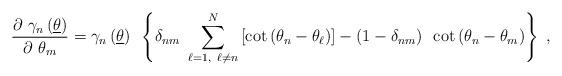
LaTeX: \begin{align*}\frac{\partial ~\gamma _{n}\left( \underline{\theta }\right) }{\partial~\theta _{m}}=\gamma _{n}\left( \underline{\theta }\right) ~\left\{ \delta_{nm}~\sum_{\ell =1,~\ell \neq n}^{N}\left[ \cot \left( \theta _{n}-\theta_{\ell }\right) \right] -\left( 1-\delta _{nm}\right) ~\cot \left( \theta_{n}-\theta _{m}\right) \right\} ~,\end{align*}